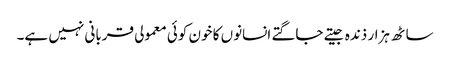
ساٹھ ہزار ذندہ جیتے جاگتے انسانوں کا خون کوئی معمولی قربانی نہیں ہے۔